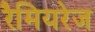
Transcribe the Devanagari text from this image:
रैमियरेज